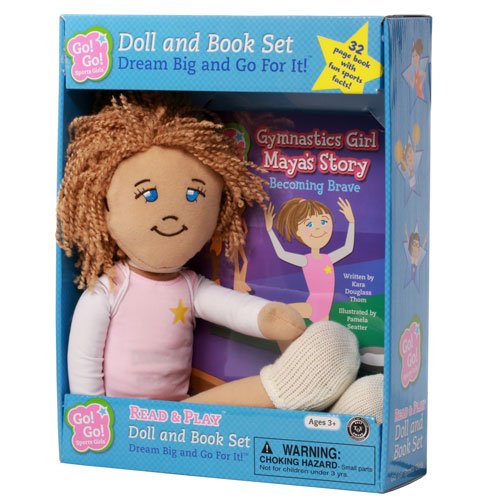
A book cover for Gymnastics Girl Maya's Story: Becoming Brave: Read & Play Doll and Book Set (Go! Go! Sports Girls); Kara Douglass Thom; Sports & Outdoors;